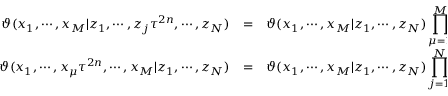
\begin{array} { r c l } { { \vartheta ( x _ { 1 } , \cdots , x _ { M } | z _ { 1 } , \cdots , z _ { j } \tau ^ { 2 n } , \cdots , z _ { N } ) } } & { { = } } & { { \vartheta ( x _ { 1 } , \cdots , x _ { M } | z _ { 1 } , \cdots , z _ { N } ) \displaystyle \prod _ { \mu = 1 } ^ { M } \frac { - z _ { j } \tau ^ { n - 1 } } { x _ { \mu } } , } } \\ { { \vartheta ( x _ { 1 } , \cdots , x _ { \mu } \tau ^ { 2 n } , \cdots , x _ { M } | z _ { 1 } , \cdots , z _ { N } ) } } & { { = } } & { { \vartheta ( x _ { 1 } , \cdots , x _ { M } | z _ { 1 } , \cdots , z _ { N } ) \displaystyle \prod _ { j = 1 } ^ { N } \frac { - x _ { \mu } \tau ^ { n - 1 } } { z _ { j } } . } } \end{array}